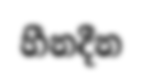
හීනදීන